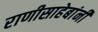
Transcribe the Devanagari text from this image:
राणीसाहेबांनी